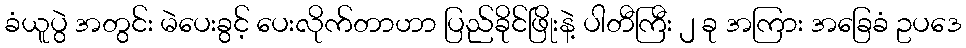
ခံယူပွဲ အတွင်း မဲပေးခွင့် ပေးလိုက်တာဟာ ပြည်ခိုင်ဖြိုးနဲ့ ပါတီကြီး ၂ ခု အကြား အခြေခံ ဥပဒေ